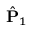
\hat { { \bf P } } _ { 1 }